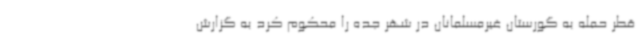
قطر حمله به گورستان غیرمسلمانان در شهر جده را محکوم کرد به گزارش